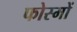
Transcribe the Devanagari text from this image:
फोस्मों